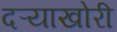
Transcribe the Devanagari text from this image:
दऱ्‍याखोरी